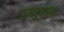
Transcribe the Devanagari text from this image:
उय्गुरला